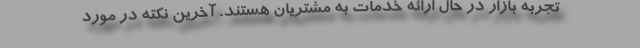
تجربه بازار در حال ارائه خدمات به مشتريان هستند. آخرين نكته در مورد